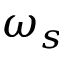
\omega _ { s }